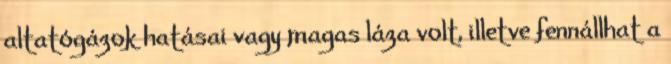
altatógázok hatásai vagy magas láza volt, illetve fennállhat a